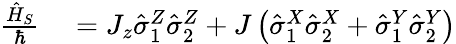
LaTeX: \begin{array}{rl}{\frac{\hat{H}_{S}}{\hbar}}&{{}=J_{z}\hat{\sigma}_{1}^{Z}\hat{\sigma}_{2}^{Z}+J\left(\hat{\sigma}_{1}^{X}\hat{\sigma}_{2}^{X}+\hat{\sigma}_{1}^{Y}\hat{\sigma}_{2}^{Y}\right)}\end{array}